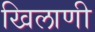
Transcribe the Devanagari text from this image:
खिलाणी